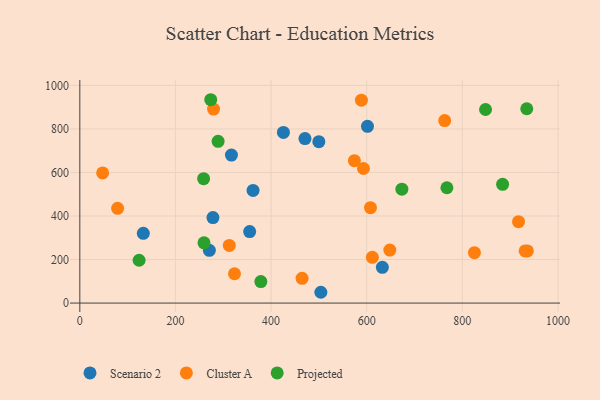
{"axis": {"x": "Speed", "y": "Salary"}, "legend": ["Cluster A", "Projected", "Scenario 2"], "data": [{"x": "504.1", "y": 49.6, "type": "Scenario 2"}, {"x": "132.8", "y": 320.2, "type": "Scenario 2"}, {"x": "425.8", "y": 783.9, "type": "Scenario 2"}, {"x": "317.1", "y": 680.0, "type": "Scenario 2"}, {"x": "601.6", "y": 811.8, "type": "Scenario 2"}, {"x": "270.9", "y": 242.3, "type": "Scenario 2"}, {"x": "499.9", "y": 741.3, "type": "Scenario 2"}, {"x": "632.7", "y": 164.2, "type": "Scenario 2"}, {"x": "362.3", "y": 517.7, "type": "Scenario 2"}, {"x": "470.9", "y": 755.8, "type": "Scenario 2"}, {"x": "355.2", "y": 328.3, "type": "Scenario 2"}, {"x": "278.4", "y": 392.7, "type": "Scenario 2"}, {"x": "588.9", "y": 932.3, "type": "Cluster A"}, {"x": "47.7", "y": 597.8, "type": "Cluster A"}, {"x": "593.2", "y": 618.2, "type": "Cluster A"}, {"x": "464.8", "y": 113.7, "type": "Cluster A"}, {"x": "611.8", "y": 210.1, "type": "Cluster A"}, {"x": "763.1", "y": 838.6, "type": "Cluster A"}, {"x": "323.5", "y": 134.6, "type": "Cluster A"}, {"x": "931.3", "y": 239.7, "type": "Cluster A"}, {"x": "312.6", "y": 265.0, "type": "Cluster A"}, {"x": "79.0", "y": 435.2, "type": "Cluster A"}, {"x": "607.9", "y": 438.1, "type": "Cluster A"}, {"x": "917.5", "y": 374.1, "type": "Cluster A"}, {"x": "574.2", "y": 654.3, "type": "Cluster A"}, {"x": "936.0", "y": 239.7, "type": "Cluster A"}, {"x": "825.3", "y": 231.7, "type": "Cluster A"}, {"x": "279.7", "y": 891.2, "type": "Cluster A"}, {"x": "648.3", "y": 243.4, "type": "Cluster A"}, {"x": "124.0", "y": 196.8, "type": "Projected"}, {"x": "884.2", "y": 545.7, "type": "Projected"}, {"x": "259.7", "y": 276.9, "type": "Projected"}, {"x": "378.6", "y": 98.7, "type": "Projected"}, {"x": "673.5", "y": 523.2, "type": "Projected"}, {"x": "767.7", "y": 529.8, "type": "Projected"}, {"x": "289.2", "y": 742.9, "type": "Projected"}, {"x": "848.5", "y": 889.2, "type": "Projected"}, {"x": "934.7", "y": 892.7, "type": "Projected"}, {"x": "258.9", "y": 571.4, "type": "Projected"}, {"x": "273.8", "y": 934.2, "type": "Projected"}]}